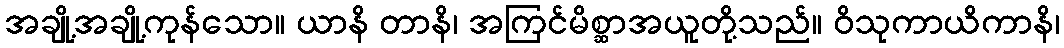
အချို့အချို့ကုန်သော။ ယာနိ တာနိ၊ အကြင်မိစ္ဆာအယူတို့သည်။ ဝိသုကာယိကာနိ၊